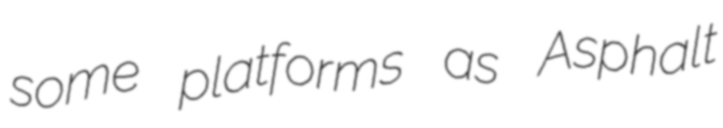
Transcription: some platforms as Asphalt